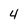
Character: 4